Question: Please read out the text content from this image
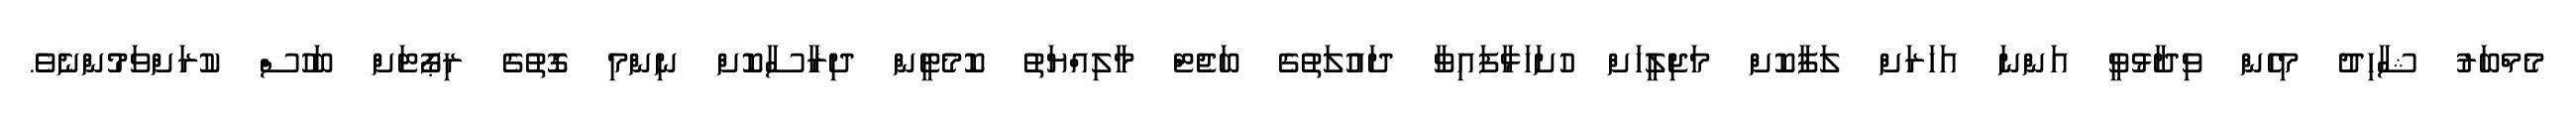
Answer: މެމްބަރު ޝާހިދު މިހެން ވިދާޅުވީ އަންނަ އަހަރަށް ލަފާކޮށް މަޖިލީހަށް ހުށަހަޅާފައިވާ ދައުލަތުގެ ބަޖެޓް މާލިއްޔަތު ކޮމެޓީން ދިރާސާކޮށް ނިންމި ގޮތުގެ ރިޕޯޓަށް ބަހުސް ކުރަށްވަމުންނެވެ.